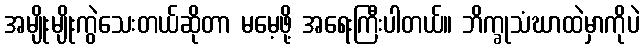
အမျိုးမျိုးကွဲသေးတယ်ဆိုတာ မမေ့ဖို့ အရေးကြီးပါတယ်။ ဘိက္ခုသံဃာထဲမှာကိုပဲ